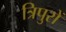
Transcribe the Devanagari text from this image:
त्रिपुरों